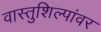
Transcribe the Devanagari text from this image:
वास्तुशिल्पांवर